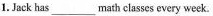
1. Jack has___math classes every week.